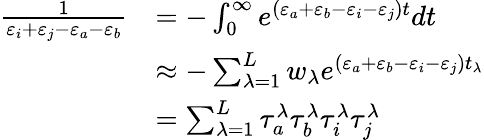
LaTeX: \begin{array}{rl}{\frac{1}{\varepsilon_{i}+\varepsilon_{j}-\varepsilon_{a}-\varepsilon_{b}}}&{=-\int_{0}^{\infty}e^{(\varepsilon_{a}+\varepsilon_{b}-\varepsilon_{i}-\varepsilon_{j})t}dt}\\ &{\approx-\sum_{\lambda=1}^{L}w_{\lambda}e^{(\varepsilon_{a}+\varepsilon_{b}-\varepsilon_{i}-\varepsilon_{j})t_{\lambda}}}\\ &{=\sum_{\lambda=1}^{L}\tau_{a}^{\lambda}\tau_{b}^{\lambda}\tau_{i}^{\lambda}\tau_{j}^{\lambda}}\end{array}